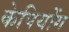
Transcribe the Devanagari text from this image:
केपियोंग